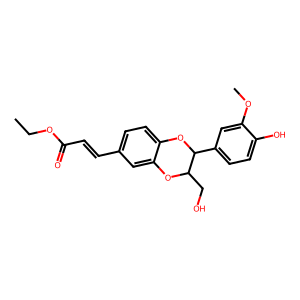
SMILES: CCOC(=O)C=Cc1ccc2c(c1)OC(CO)C(c1ccc(O)c(OC)c1)O2
Inhibits HIV replication: No